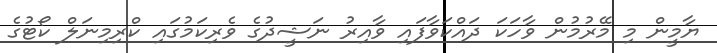
ޔާމީން މި މޭރުމުން ވާހަކަ ދައްކަވާފައި ވާއިރު ނަޝީދުގެ ވެރިކަމުގައި ކްރިމިނަލް ކޯޓުގެ